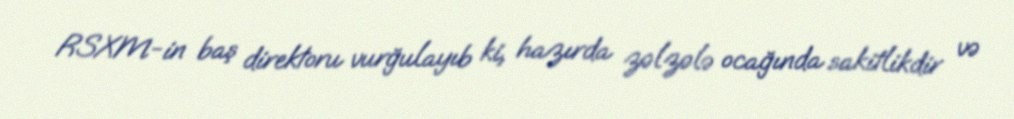
RSXM-in baş direktoru vurğulayıb ki, hazırda zəlzələ ocağında sakitlikdir və